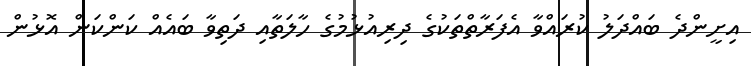
އިށީންދެ ބައްދަލު ކުރައްވާ އެފަރާތްތަކުގެ ދިރިއުޅުމުގެ ހާލަތާއި ދަތިވާ ބައެއް ކަންކަން އޮޅުން